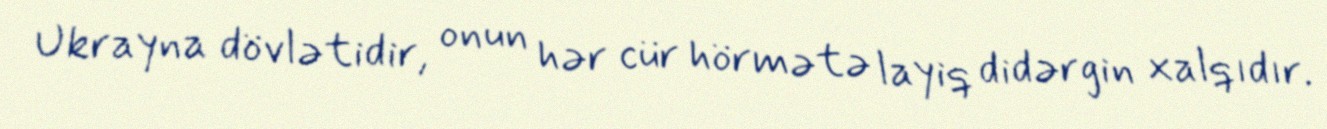
Ukrayna dövlətidir, onun hər cür hörmətə layiq didərgin xalqıdır.